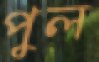
পুল